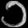
Digit: ၁